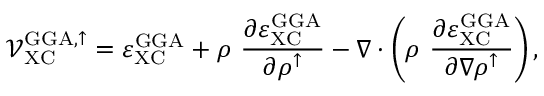
\mathcal { V } _ { \mathrm { X C } } ^ { \mathrm { G G A , \uparrow } } = \varepsilon _ { \mathrm { X C } } ^ { \mathrm { G G A } } + \rho \ \frac { \partial \varepsilon _ { \mathrm { X C } } ^ { \mathrm { G G A } } } { \partial \rho ^ { \uparrow } } - \nabla \cdot \left( \rho \ \frac { \partial \varepsilon _ { \mathrm { X C } } ^ { \mathrm { G G A } } } { \partial \nabla \rho ^ { \uparrow } } \right) ,